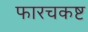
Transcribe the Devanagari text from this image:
फारचकष्ट